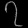
Digit: ၇